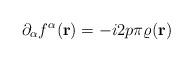
LaTeX: \begin{align*}\partial_\alpha f^\alpha({\bf r})=-i2p\pi\varrho ({\bf r})\end{align*}